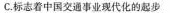
C标老着中国交通事业现代化的起步